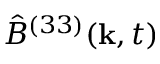
\hat { B } ^ { ( 3 3 ) } ( \mathbf { k } , t )